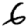
Digit: 6